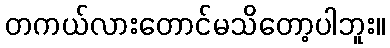
တကယ်လားတောင်မသိတော့ပါဘူး။